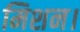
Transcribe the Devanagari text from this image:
मिशन।